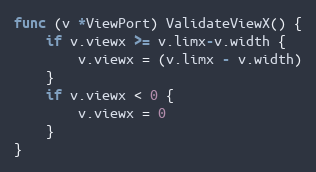
Language: Go
func (v *ViewPort) ValidateViewX() {
	if v.viewx >= v.limx-v.width {
		v.viewx = (v.limx - v.width)
	}
	if v.viewx < 0 {
		v.viewx = 0
	}
}